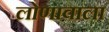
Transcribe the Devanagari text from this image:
लोणावाला